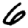
Digit: 6